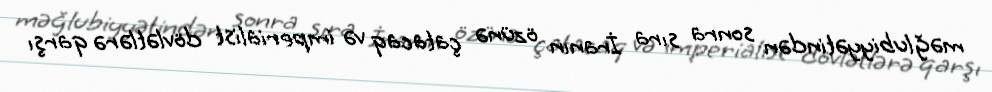
məğlubiyyətindən sonra sıra İranın özünə çatacaq və imperialist dövlətlərə qarşı